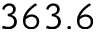
3 6 3 . 6